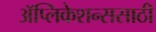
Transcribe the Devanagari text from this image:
ॲप्लिकेशन्ससाठी